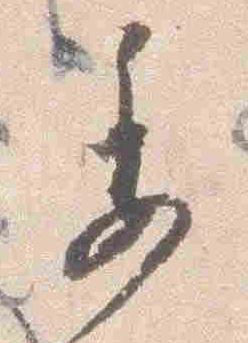
委